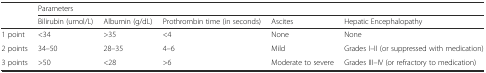
<table><thead><tr><td></td><td colspan="5"><b>Parameters</b></td></tr><tr><td></td><td><b>Bilirubin (umol/L)</b></td><td><b>Albumin (g/dL)</b></td><td><b>Prothrombin time (in seconds)</b></td><td><b>Ascites</b></td><td><b>Hepatic Encephalopathy</b></td></tr></thead><tbody><tr><td>1 point</td><td>&lt;34</td><td>&gt;35</td><td>&lt;4</td><td>None</td><td>None</td></tr><tr><td>2 points</td><td>34–50</td><td>28–35</td><td>4–6</td><td>Mild</td><td>Grades I–II (or suppressed with medication)</td></tr><tr><td>3 points</td><td>&gt;50</td><td>&lt;28</td><td>&gt;6</td><td>Moderate to severe</td><td>Grades III–IV (or refractory to medication)</td></tr></tbody></table>